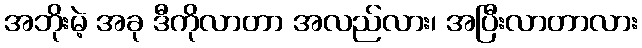
အဘိုးမဲ့ အခု ဒီကိုလာတာ အလည်လား၊ အပြီးလာတာလား